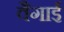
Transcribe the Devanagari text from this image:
वैगाई